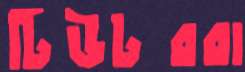
টিউটররা